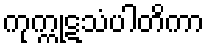
ကုက္ကုဋသံပါတိကာ